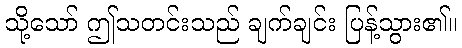
သို့သော် ဤသတင်းသည် ချက်ချင်း ပြန့်သွား၏။